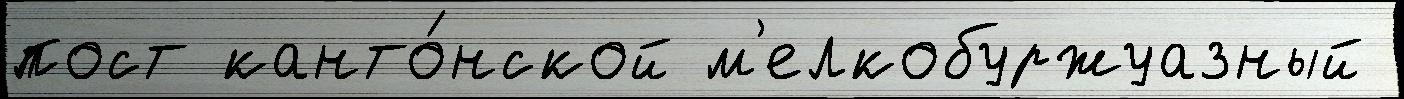
пост канто́нской м'елкобуржуазный